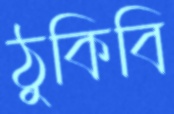
ঠুকিবি